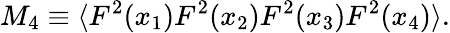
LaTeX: M_{4}\equiv\langle F^{2}(x_{1})F^{2}(x_{2})F^{2}(x_{3})F^{2}(x_{4})\rangle.